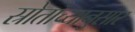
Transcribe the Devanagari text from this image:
स्रोतांच्‍यानुसार